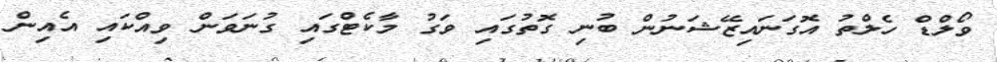
ވޯލްޑް ހެލްތު އޮގަނައިޒޭޝަނުން ބުނި ގޮތުގައި ވަގު މާކެޓްގައި ގުނަވަން ވިއްކައި އެއިން